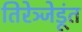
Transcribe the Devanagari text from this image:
तिरेञ्जेडूंत